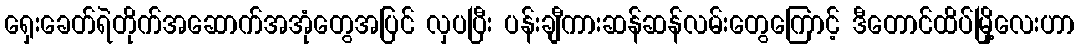
ရှေးခေတ်ရဲတိုက်အဆောက်အအုံတွေအပြင် လှပပြီး ပန်းချီကားဆန်ဆန်လမ်းတွေကြောင့် ဒီတောင်ထိပ်မြို့လေးဟာ